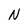
Character: N